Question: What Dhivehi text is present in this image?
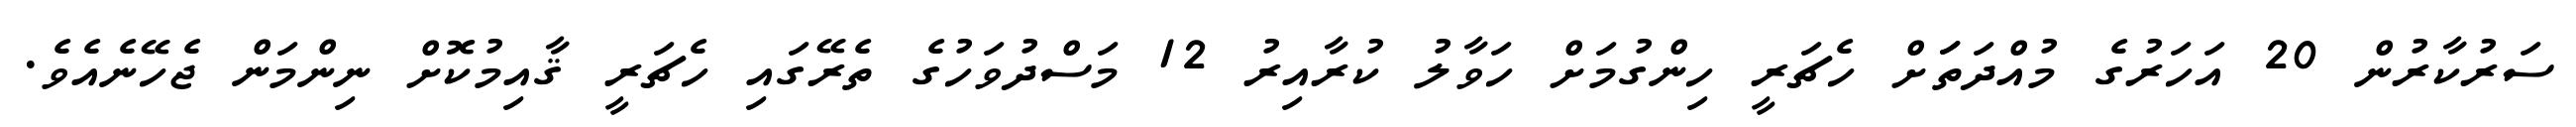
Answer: ސަރުކާރުން 20 އަހަރުގެ މުއްދަތަަށް ހެޗަރީ ހިންގުމަށް ހަވާލު ކުރާއިރު 12 މަސްދުވަހުގެ ތެރޭގައި ހެޗަރީ ޤާއިމުކޮށް ނިންމަން ޖެހޭނެއެވެ.